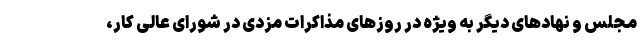
مجلس و نهادهای دیگر به ویژه در روزهای مذاکرات مزدی در شورای عالی کار،